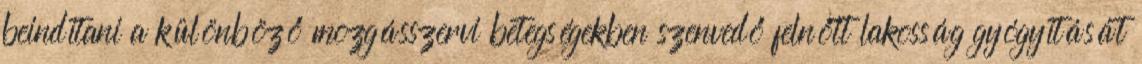
beindítani a különböző mozgásszervi betegségekben szenvedő felnőtt lakosság gyógyítását